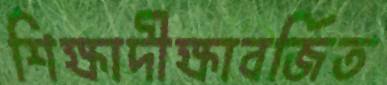
শিক্ষাদীক্ষাবর্জিত